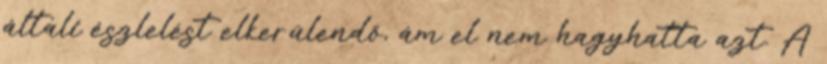
általi észlelést elkerülendő, ám el nem hagyhatta azt. A